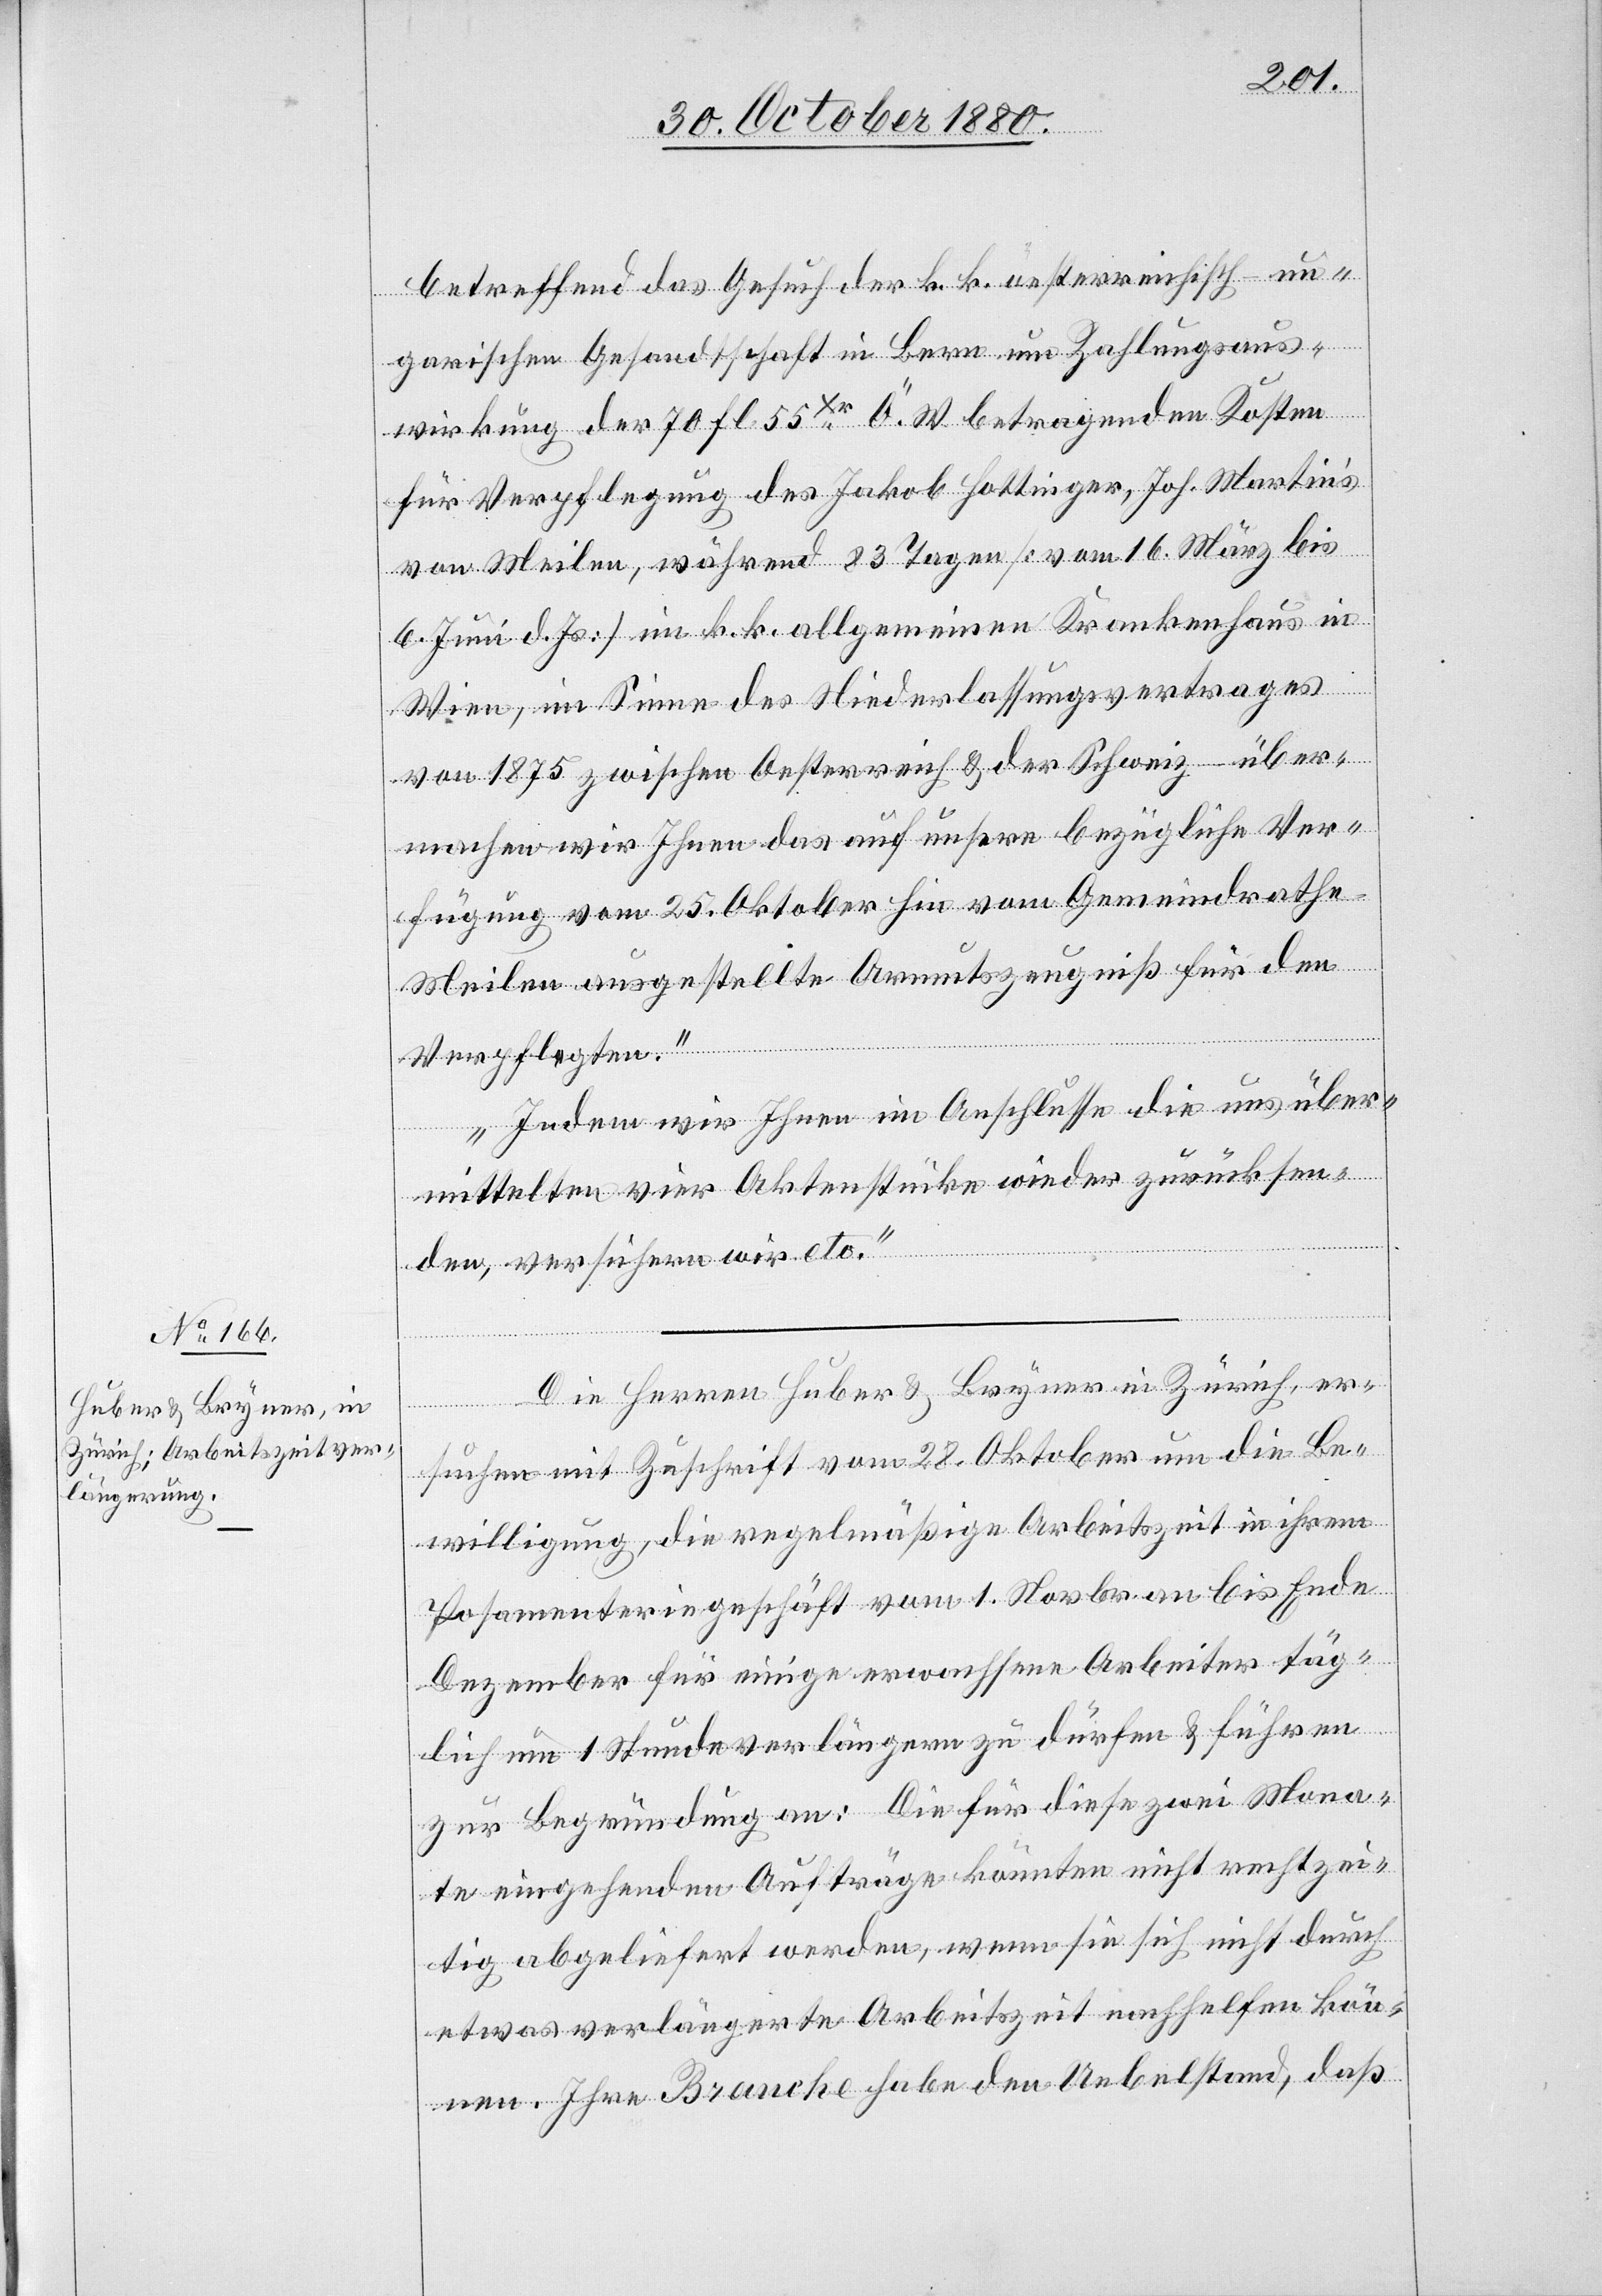
betreffend das Gesuch der k. k. oesterreichisch-un¬
garischen Gesandtschaft in Bern um Zahlungsaus¬
wirkung der 70 fl. 55 Xr Ö. W. betragenden Kosten
für Verpflegung des Jakob Hottinger, Joh. Martins
von Meilen, während 83 Tagen [vom 16. März bis
6. Juni d. Js.] im k. k. allgemeinen Krankenhaus in
Wien, im Sinne des Niederlassungsvertrages
von 1875 zwischen Oesterreich & der Schweiz über¬
machen wir Ihnen das auf unsere bezügliche Ver¬
fügung vom 25. Oktober hie vom Gemeindrathe
Meilen ausgestellte Armutszeugniß für den
Verpflegten.
Indem wir Ihnen im Anschlusse die uns über¬
mittelten vier Aktenstücke wieder zurücksen¬
den, versichern wir etc.“
Die Herren Huber & Bryner in Zürich, er¬
suchen mit Zuschrift vom 28. Oktober um die Be¬
willigung, die regelmäßige Arbeitszeit in ihrem
Posamenteriegeschäft vom 1. Novbr. an bis Ende
Dezember für einige erwachsene Arbeiter täg¬
lich um 1 Stunde verlängern zu dürfen & führen
zur Begründung an: Die für diese zwei Mona¬
te eingehenden Aufträge könnten nicht rechtzei¬
tig abgeliefert werden, wenn sie sich nicht durch
etwas verlängerte Arbeitszeit nachhelfen kön¬
nen. Ihre Branche habe den Uebelstand, daß